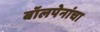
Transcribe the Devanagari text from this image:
बॉलपेनांचा